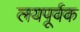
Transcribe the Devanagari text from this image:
लयपूर्वक